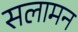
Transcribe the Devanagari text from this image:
सलामन